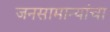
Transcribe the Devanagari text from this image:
जनसामान्यांचा